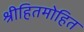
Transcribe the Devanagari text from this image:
श्रीहितमोहित